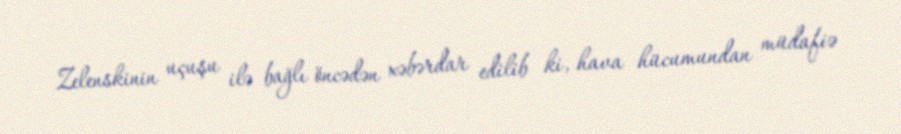
Zelenskinin uçuşu ilə bağlı öncədən xəbərdar edilib ki, hava hücumundan müdafiə